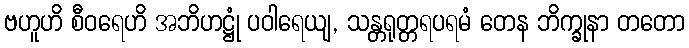
ဗဟူဟိ စီဝရေဟိ အဘိဟဋ္ဌုံ ပဝါရေယျ, သန္တရုတ္တရပရမံ တေန ဘိက္ခုနာ တတော